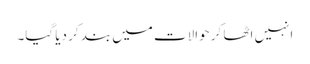
انہیں اٹھا کر حوالات میں بند کر دیا گیا۔